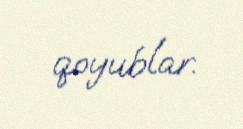
qoyublar.